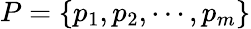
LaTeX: P=\{ p_{1},p_{2},\cdots,p_{m}\}